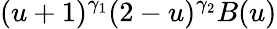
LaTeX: (u+1)^{\gamma_{1}}(2-u)^{\gamma_{2}}B(u)